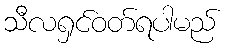
သီလရှင်ဝတ်ရပါမည်